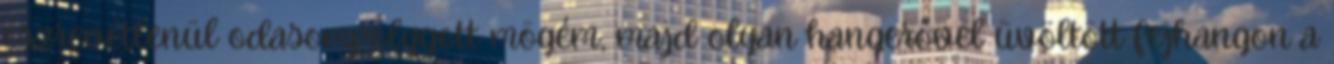
észrevétlenül odasompolygott mögém, majd olyan hangerővel üvöltött fejhangon a